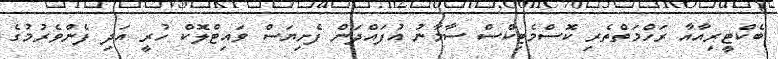
ބެކްޓީރިއާއާ ރަހްމަތްތެރި ކޮސްމެޓިކްސް ސާމާނު އުފައްދަން ފެށިޔަސް ވައިޓްލޮކް ހުރީ އަދި ފެންވެރުމުގެ